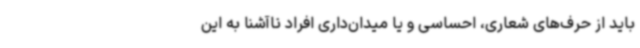
باید از حرف‌های شعاری، احساسی و یا میدان‌داری افراد ناآشنا به این